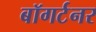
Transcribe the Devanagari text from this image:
बॉगर्टनर